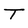
Character: T